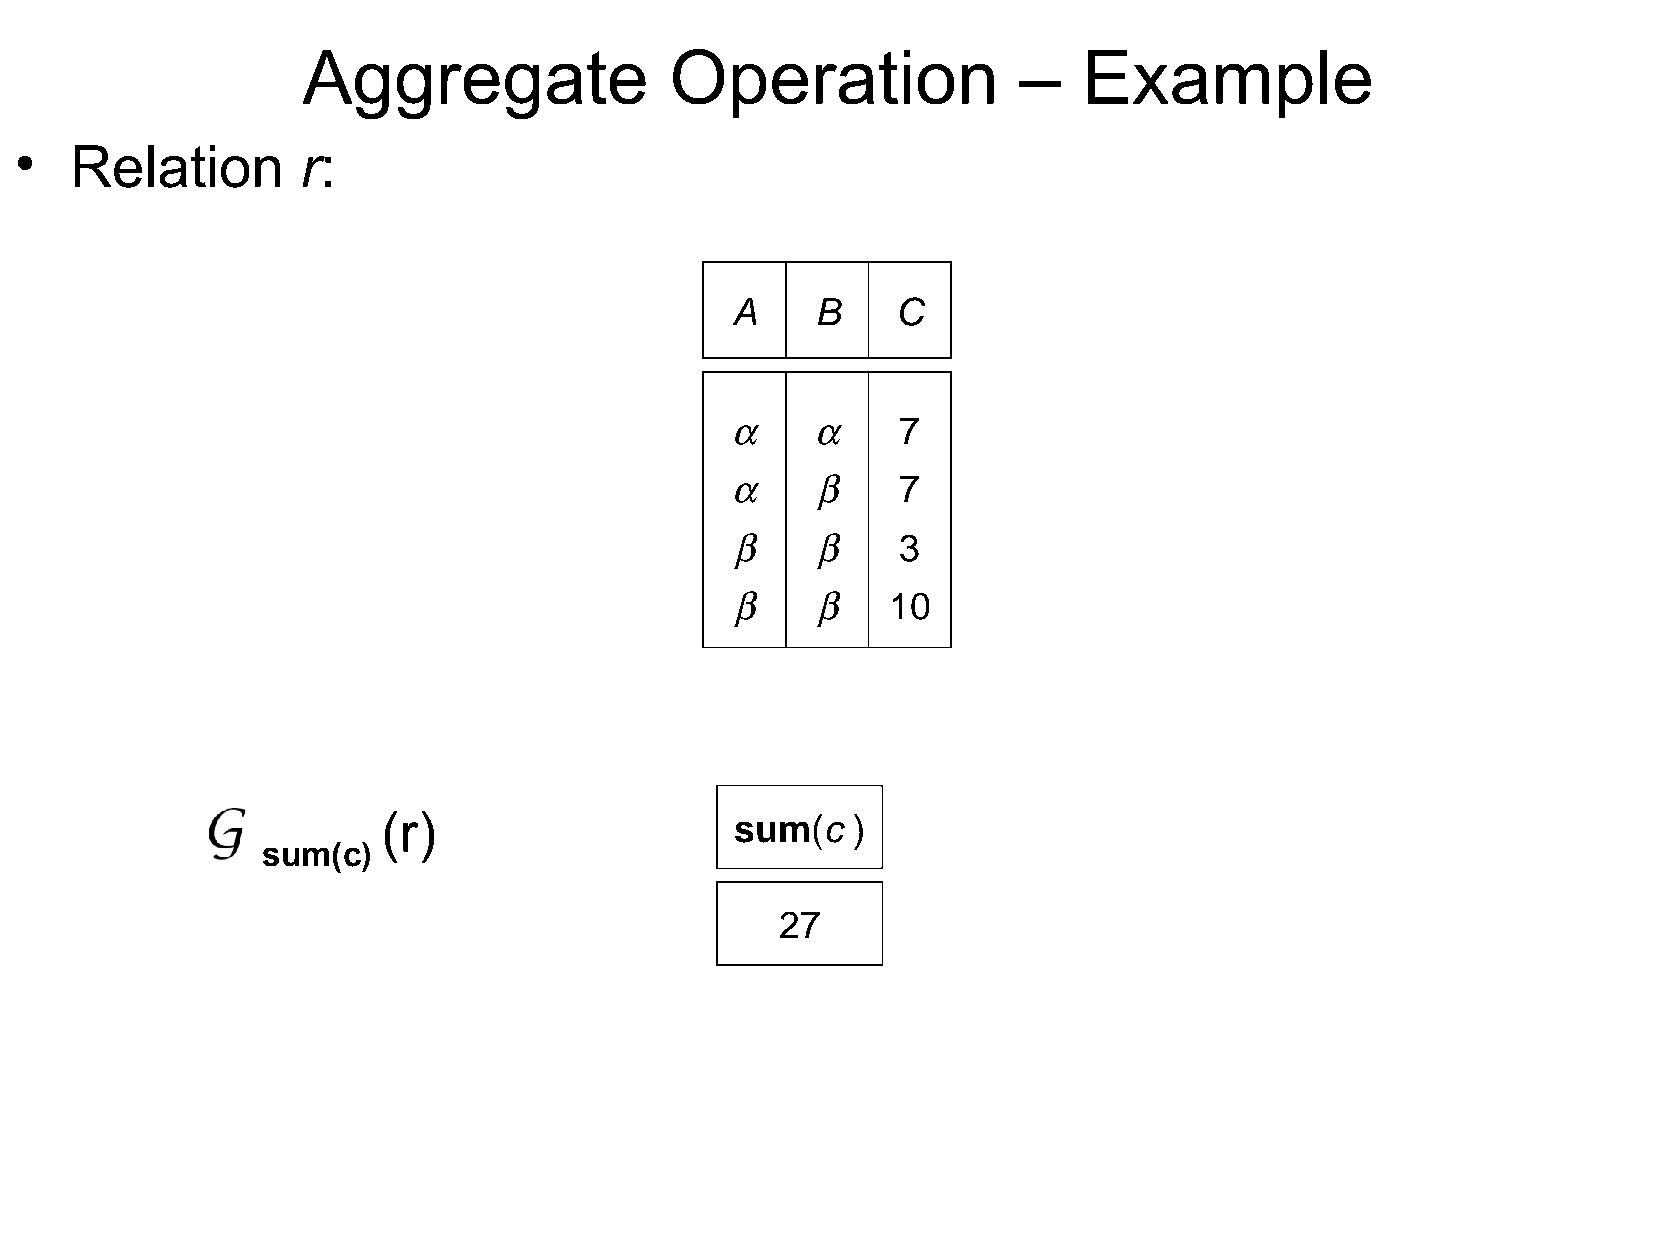
Aggregate               Operation              –    Example
 •   Relation       r:
 A     B    C
 a     a
 7
 a     b
 7
 b    b
 3
 b    b
 10
 (r)                     sum(c  )
 sum(c)
 27